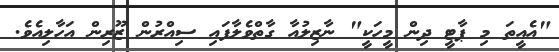
"އެއީތަ މި ޕާޓީ ދިން މީހަކީ" ނާޒިލުއާ ގާތްވެލާފައި ސިއްރުން ޒޫރިން އަހާލިއެވެ.